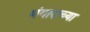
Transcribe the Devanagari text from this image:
भंगाराच्या